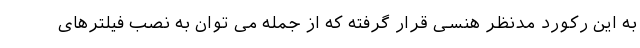
به این رکورد مدنظر هنسی قرار گرفته که از جمله می توان به نصب فیلترهای